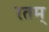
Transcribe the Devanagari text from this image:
रतम्